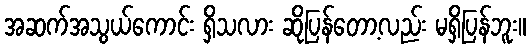
အဆက်အသွယ်ကောင်း ရှိသလား ဆိုပြန်တော့လည်း မရှိပြန်ဘူး။